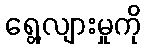
ရွေ့လျားမှုကို